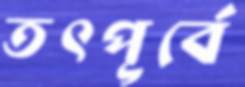
তৎপূর্বে